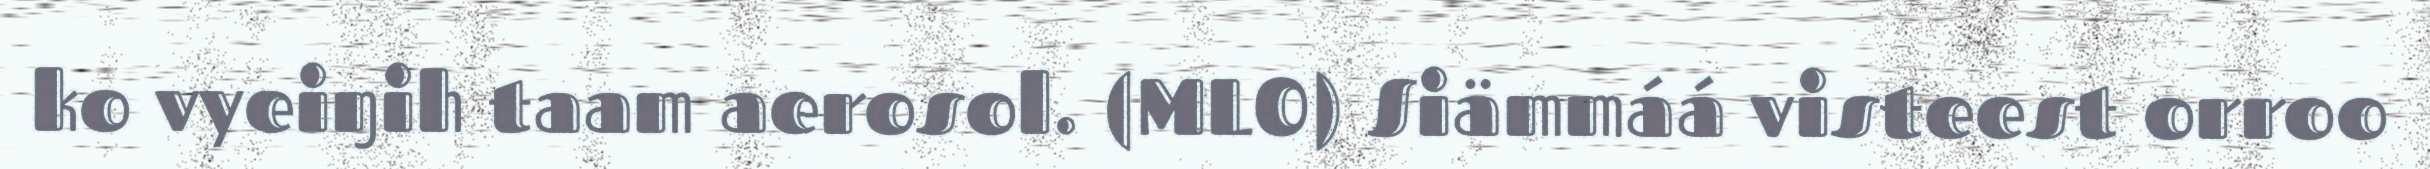
ko vyeiŋih taam aerosol. (MLO) Siämmáá visteest orroo